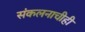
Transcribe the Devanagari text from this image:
संकलनाचीही